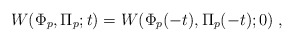
\begin{align*}W(\Phi_p, \Pi_p;t) = W(\Phi_p(-t),\Pi_p(-t);0) \;,\end{align*}